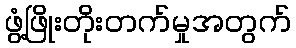
ဖွံ့ဖြိုးတိုးတက်မှုအတွက်